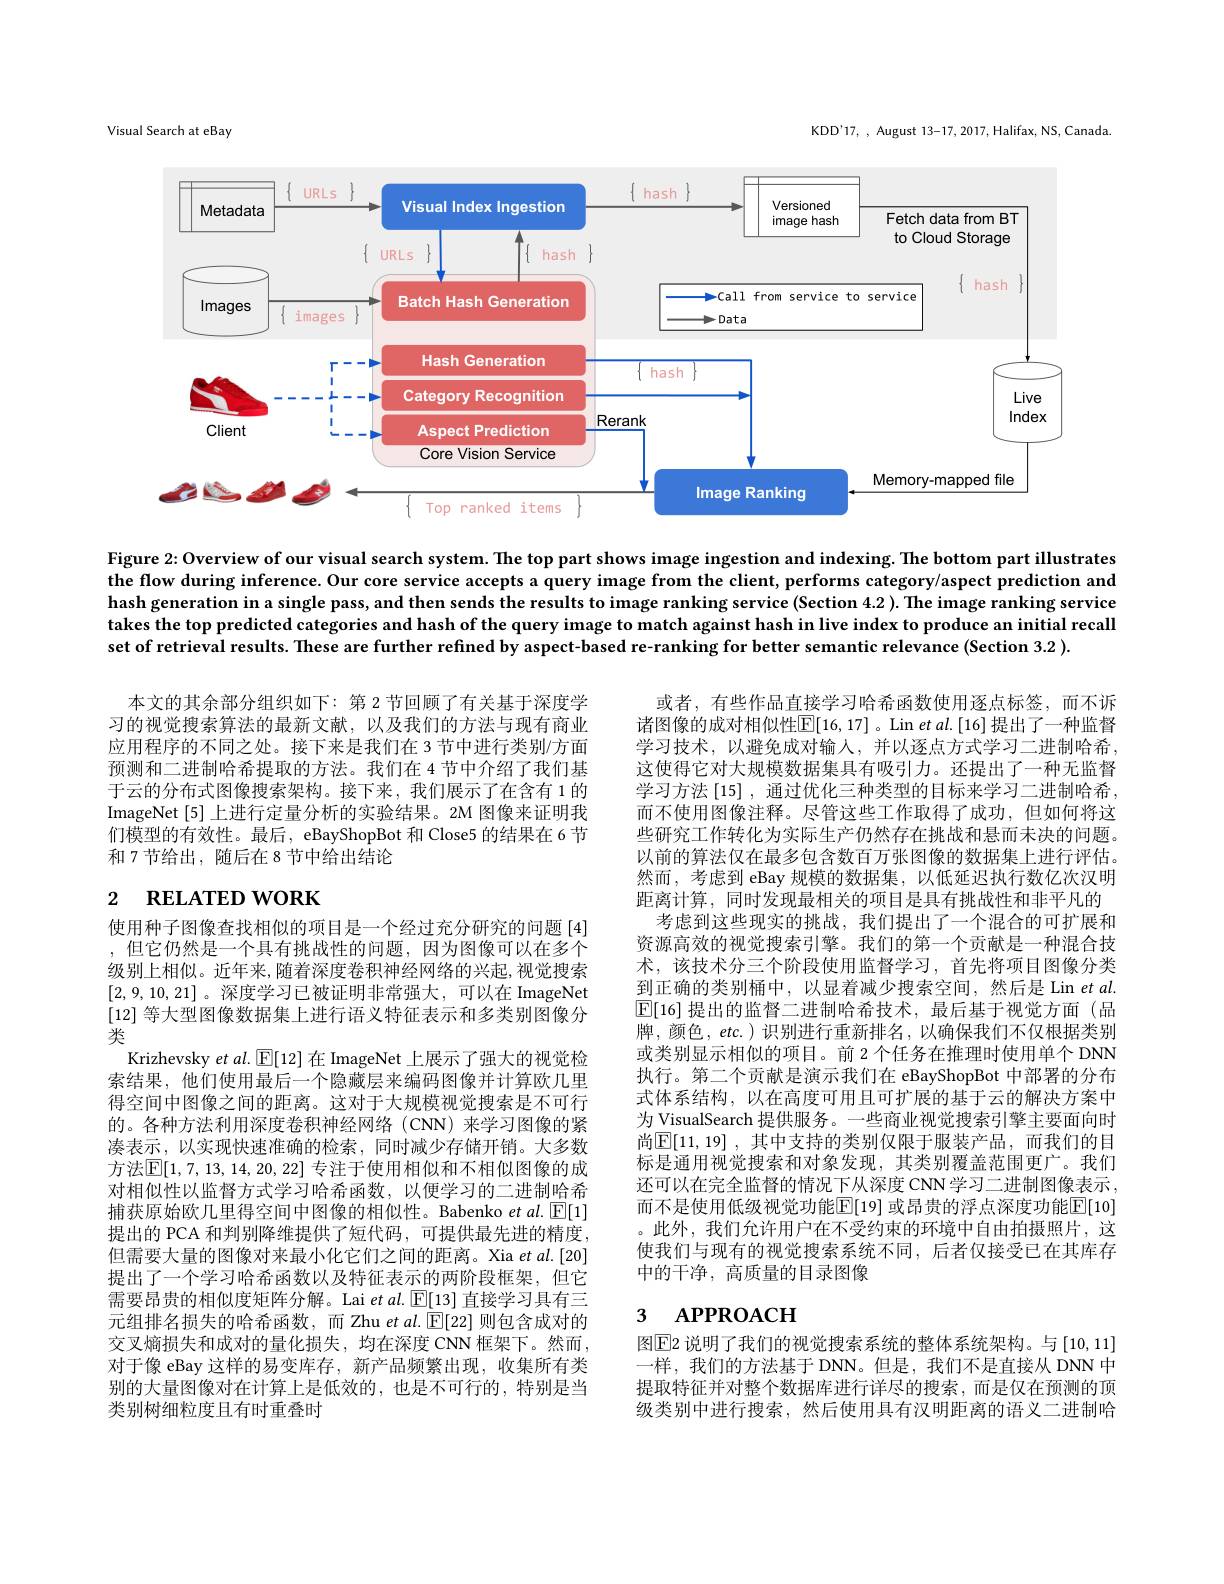
KDD'17, , August 13-17, 2017, Halifax, NS, Canada

Visual Search at eBay

<FigureHere>

Figure 2:Overview of our visual search system. The top part shows image ingestion and indexing. The bottom part illustrates the flow during inference. Our core service accepts a query image from the client, performs category/aspect prediction and hash generation in a single pass, and then sends the results to image ranking service (Section 4.2). The image ranking service takes the top predicted categories and hash of the query image to match against hash in live index to produce an initial recall set of retrieval results. These are further refined by aspect-based re-ranking for better semantic relevance (Section 3.2 ).

本文的其余部分组织如下：第 2 节回顾了有关基于深度学习的视觉搜索算法的最新文献，以及我们的方法与现有商业应用程序的不同之处。接下来是我们在 3 节中进行类别/方面预测和二进制哈希提取的方法。我们在 4 节中介绍了我们基于云的分布式图像搜索架构。接下来，我们展示了在含有 1 的ImageNet [5] 上进行定量分析的实验结果。2M 图像来证明我们模型的有效性。最后，eBayShopBot 和 Close5 的结果在 6 节和 7 节给出，随后在 8 节中给出结论

# 2 $\textbf{RELATED WORK}$

或者，有些作品直接学习哈希函数使用逐点标签，而不诉诸图像的成对相似性$\boxed{\mathbb{E}}[16,17]$。Lin et al.[16] 提出了一种监督学习技术，以避免成对输入，并以逐点方式学习二进制哈希， 这使得它对大规模数据集具有吸引力。还提出了一种无监督学习方法 [15] ,通过优化三种类型的目标来学习二进制哈希而不使用图像注释。尽管这些工作取得了成功，但如何将这些研究工作转化为实际生产仍然存在挑战和悬而未决的问题。以前的算法仅在最多包含数百万张图像的数据集上进行评估。然而，考虑到 eBay 规模的数据集，以低延迟执行数亿次汉明距离计算，同时发现最相关的项目是具有挑战性和非平凡的
考虑到这些现实的挑战，我们提出了一个混合的可扩展和资源高效的视觉搜索引擎。我们的第一个贡献是一种混合技术，该技术分三个阶段使用监督学习，首先将项目图像分类到正确的类别桶中，以显着减少搜索空间，然后是 Lin etal $\boxed{\mathbb{E}}[16]$提出的监督二进制哈希技术，最后基于视觉方面(品牌，颜色，etc.)识别进行重新排名，以确保我们不仅根据类别或类别显示相似的项目。前 2 个任务在推理时使用单个 DNN 执行。第二个贡献是演示我们在 eBayShopBot 中部署的分布式体系结构，以在高度可用且可扩展的基于云的解决方案中为 VisualSearch 提供服务。一些商业视觉搜索引擎主要面向时尚$\mathbb{E}[11,19]$ ,其中支持的类别仅限于服装产品，而我们的目标是通用视觉搜索和对象发现，其类别覆盖范围更广。我们还可以在完全监督的情况下从深度 CNN学习二进制图像表示， 而不是使用低级视觉功能$\boxed{\mathbb{E}}[19]$ 或昂贵的浮点深度功能$\boxed{\mathbb{E}}[10]$ 。此外，我们允许用户在不受约束的环境中自由拍摄照片，这使我们与现有的视觉搜索系统不同，后者仅接受已在其库存中的干净，高质量的目录图像

使用种子图像查找相似的项目是一个经过充分研究的问题[4] ,但它仍然是一个具有挑战性的问题，因为图像可以在多个级别上相似。近年来，随着深度卷积神经网络的兴起，视觉搜索[2,9,10,21] 。深度学习已被证明非常强大，可以在 ImageNet [12]等大型图像数据集上进行语义特征表示和多类别图像分类
Krizhevsky $etal.\boxed{\mathbb{F}}[12]$在 ImageNet 上展示了强大的视觉检索结果，他们使用最后一个隐藏层来编码图像并计算欧几里得空间中图像之间的距离。这对于大规模视觉搜索是不可行的。各种方法利用深度卷积神经网络(CNN)来学习图像的紧凑表示，以实现快速准确的检索，同时减少存储开销。大多数方法$\mathbb{E}[1,7,13,14,20,22]$ 专注于使用相似和不相似图像的成对相似性以监督方式学习哈希函数，以便学习的二进制哈希捕获原始欧几里得空间中图像的相似性。Babenko $et\textit{al. }\mathbb{E} [ 1]$ 提出的 PCA 和判别降维提供了短代码，可提供最先进的精度， 但需要大量的图像对来最小化它们之间的距离。Xia et al.[20] 提出了一个学习哈希函数以及特征表示的两阶段框架，但它需要昂贵的相似度矩阵分解。Lai et al.$\boxed{\mathbb{E}}[13]$直接学习具有三元组排名损失的哈希函数，而 Zhu et al. $\boxed{\mathbb{E}}[22]$则包含成对的交叉熵损失和成对的量化损失，均在深度 CNN 框架下。然而， 对于像 eBay 这样的易变库存，新产品频繁出现，收集所有类别的大量图像对在计算上是低效的，也是不可行的，特别是当类别树细粒度且有时重叠时

### 3 $\textbf{APPROACH}$

图$\boxed{\mathrm{E}}$2 说明了我们的视觉搜索系统的整体系统架构。与 [10,11] 一样，我们的方法基于 DNN。但是，我们不是直接从 DNN 中提取特征并对整个数据库进行详尽的搜索，而是仅在预测的顶级类别中进行搜索，然后使用具有汉明距离的语义二进制哈